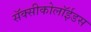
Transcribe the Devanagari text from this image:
सॅक्सीकोलॉईडस